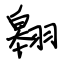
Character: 翱